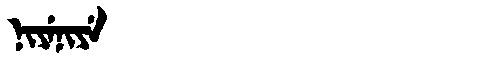
Manchu: ᠨᡳᠶᡝᠨᡳᠶᡝ
Romanization: NIYENIYE